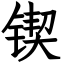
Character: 锲